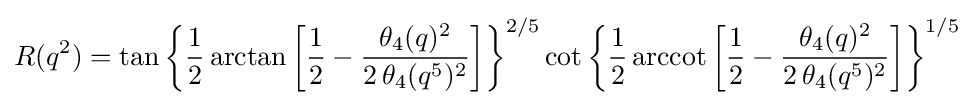
R(q^{2})=\tan {\biggl \{}{\frac {1}{2}}\arctan {\biggl [}{\frac {1}{2}}-{\frac {\theta _{4}(q)^{2}}{2\,\theta _{4}(q^{5})^{2}}}{\biggr ]}{\biggr \}}^{2/5}\cot {\biggl \{}{\frac {1}{2}}\operatorname {arccot} {\biggl [}{\frac {1}{2}}-{\frac {\theta _{4}(q)^{2}}{2\,\theta _{4}(q^{5})^{2}}}{\biggr ]}{\biggr \}}^{1/5}